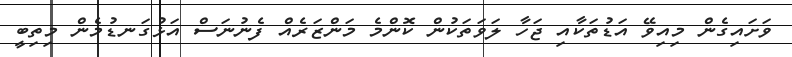
ވަށައިގެން މިއިވޭ އަޑުތަކާއި ޖަހާ ލަވަތަކުން ކޮންމެ މަންޒަރެއް ފެނުނަސް އަޅުގަނޑުމެން މިތިބީ